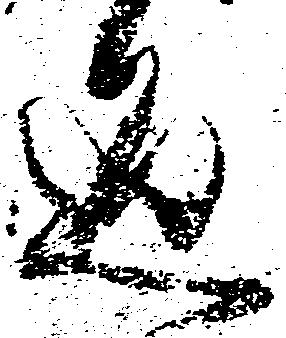
通